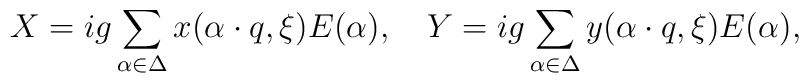
X=ig\sum_{\alpha\in\Delta}x(\alpha\cdot    q, \xi)E(\alpha),\quad   	Y=ig\sum_{\alpha\in\Delta}y(\alpha\cdot q, \xi)E(\alpha),